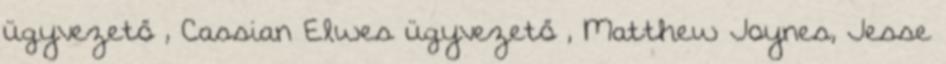
ügyvezető , Cassian Elwes ügyvezető , Matthew Joynes, Jesse